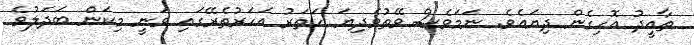
ތާއީދު އޮހިގެން ދިޔައެވެ. ނަމަވެސް ވޭތުވެދިޔަ ހަތަރު އަހަރުތެރޭގައި ވަނީ މިކަން ބަދަލުވެ